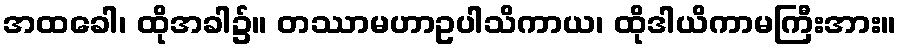
အထခေါ၊ ထိုအခါ၌။ တဿာမဟာဥပါသိကာယ၊ ထိုဒါယိကာမကြီးအား။